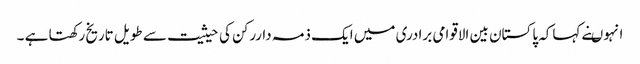
انہوںنے کہاکہ پاکستان بین الاقوامی برادری میں ایک ذمہ داررکن کی حیثیت سے طویل تاریخ رکھتا ہے ۔